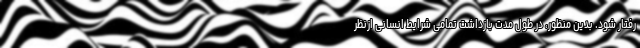
رفتار شود. بدین منظور، در طول مدت بازداشت تمامی شرایط انسانی ازنظر